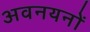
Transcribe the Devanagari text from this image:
अवनयनों